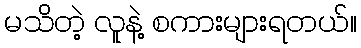
မသိတဲ့ လူနဲ့ စကားများရတယ်။